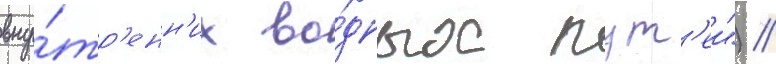
вну́тр'енн'их во́дных пут'еи") /